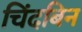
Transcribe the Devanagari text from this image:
चिंदबिन